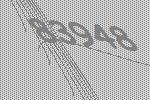
83948